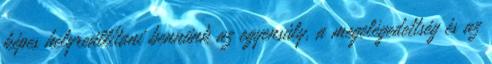
képes helyreállítani bennünk az egyensúly, a megelégedettség és az